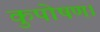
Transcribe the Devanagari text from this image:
कुपोषण।